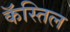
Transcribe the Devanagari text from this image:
कॅस्तिल